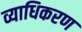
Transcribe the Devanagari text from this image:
व्याधिकरण